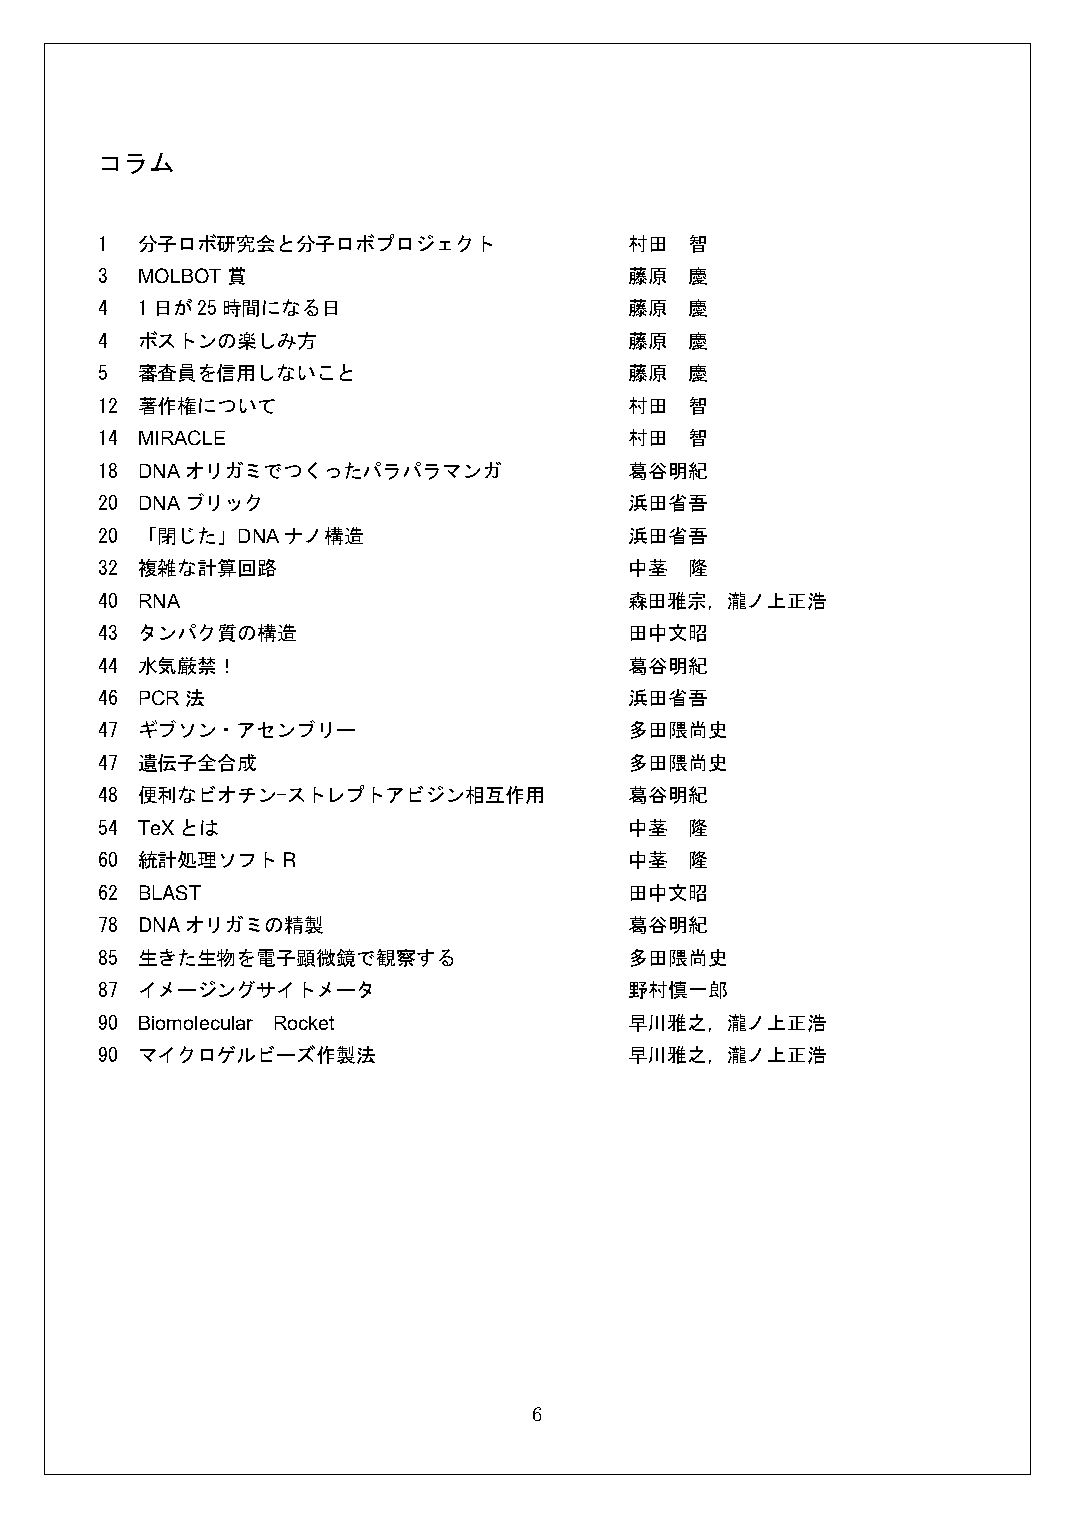
コラム
 1  分子ロボ研究会と分子ロボプロジェクト               村田  智
 3  MOLBOT賞                          藤原  慶
 4  1日が25時間になる日                      藤原  慶
 4  ボストンの楽しみ方                        藤原  慶
 5  審査員を信用しないこと                      藤原  慶
 12 著作権について                          村田  智
 14 MIRACLE                          村田  智
 18 DNAオリガミでつくったパラパラマンガ              葛谷明紀
 20 DNAブリック                          浜田省吾
 20 「閉じた」DNAナノ構造                     浜田省吾
 32 複雑な計算回路                          中茎  隆
 40 RNA                              森田雅宗，瀧ノ上正浩
 43 タンパク質の構造                         田中文昭
 44 水気厳禁！                            葛谷明紀
 46 PCR法                             浜田省吾
 47 ギブソン・アセンブリー                      多田隈尚史
 47 遺伝子全合成                           多田隈尚史
 48 便利なビオチン-ストレプトアビジン相互作用            葛谷明紀
 54 TeXとは                            中茎  隆
 60 統計処理ソフトR                         中茎  隆
 62 BLAST                            田中文昭
 78 DNAオリガミの精製                       葛谷明紀
 85 生きた生物を電子顕微鏡で観察する                 多田隈尚史
 87 イメージングサイトメータ                     野村慎一郎
 90 Biomolecular Rocket              早川雅之，瀧ノ上正浩
 90 マイクロゲルビーズ作製法                     早川雅之，瀧ノ上正浩
 6